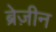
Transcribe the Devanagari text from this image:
ब्रेज़ीन